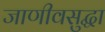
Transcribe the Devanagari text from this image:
जाणीवसुद्धा